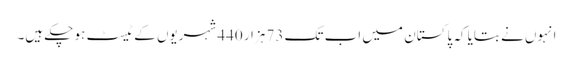
انہوں نے بتایا کہ پاکستان میں اب تک 73 ہزار 440 شہریوں کے ٹیسٹ ہو چکے ہیں۔